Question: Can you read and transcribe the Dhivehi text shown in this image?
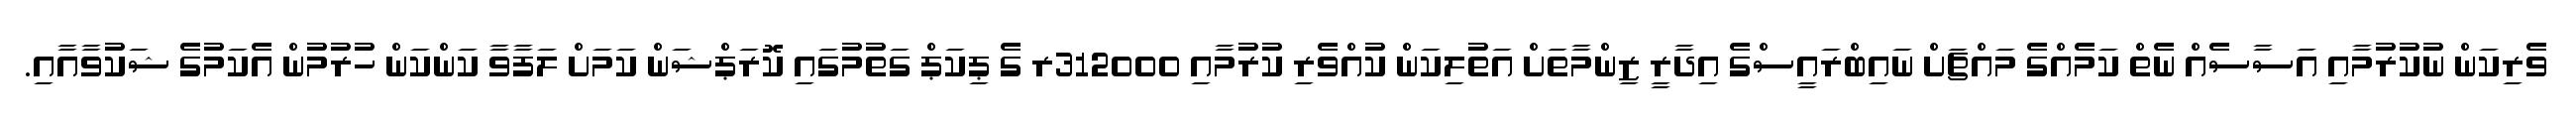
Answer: ވެރިކަން ނުކުރުމާއި އަސާސެއް ނެތް ކަމެއްގެ މައްޗަށް ނައިބްރައީސްގެ އިދާރީ ޒިންމާތަށް އަތުލިކަން ކުއްވެރި ކުރުމާއި 312000ރ ގެ ޕިކަޕް ގަތުމުގައި ކޮރަޕްޝަން ކަމަށް ލަފާވާ ކަންކަން ހުރުމުން އެކަމުގެ ޝަކުވާއާއި.